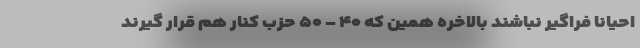
احیانا فراگیر نباشند بالاخره همین که ۴۰ – ۵۰ حزب کنار هم قرار گیرند